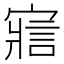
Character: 寣